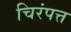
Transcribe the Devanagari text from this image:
चिरंपत्त